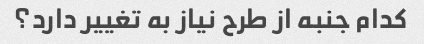
کدام جنبه از طرح نیاز به تغییر دارد؟